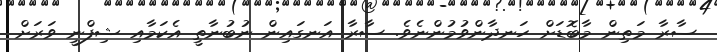
ސާރާ މަތިން މާބޮޑަށް ހަނދާންވުމުންނެވެ. ސާރާ އަނގައިން ނުބުނާތީ އެކަމާއި ޝިފްނީ ވަރަށް